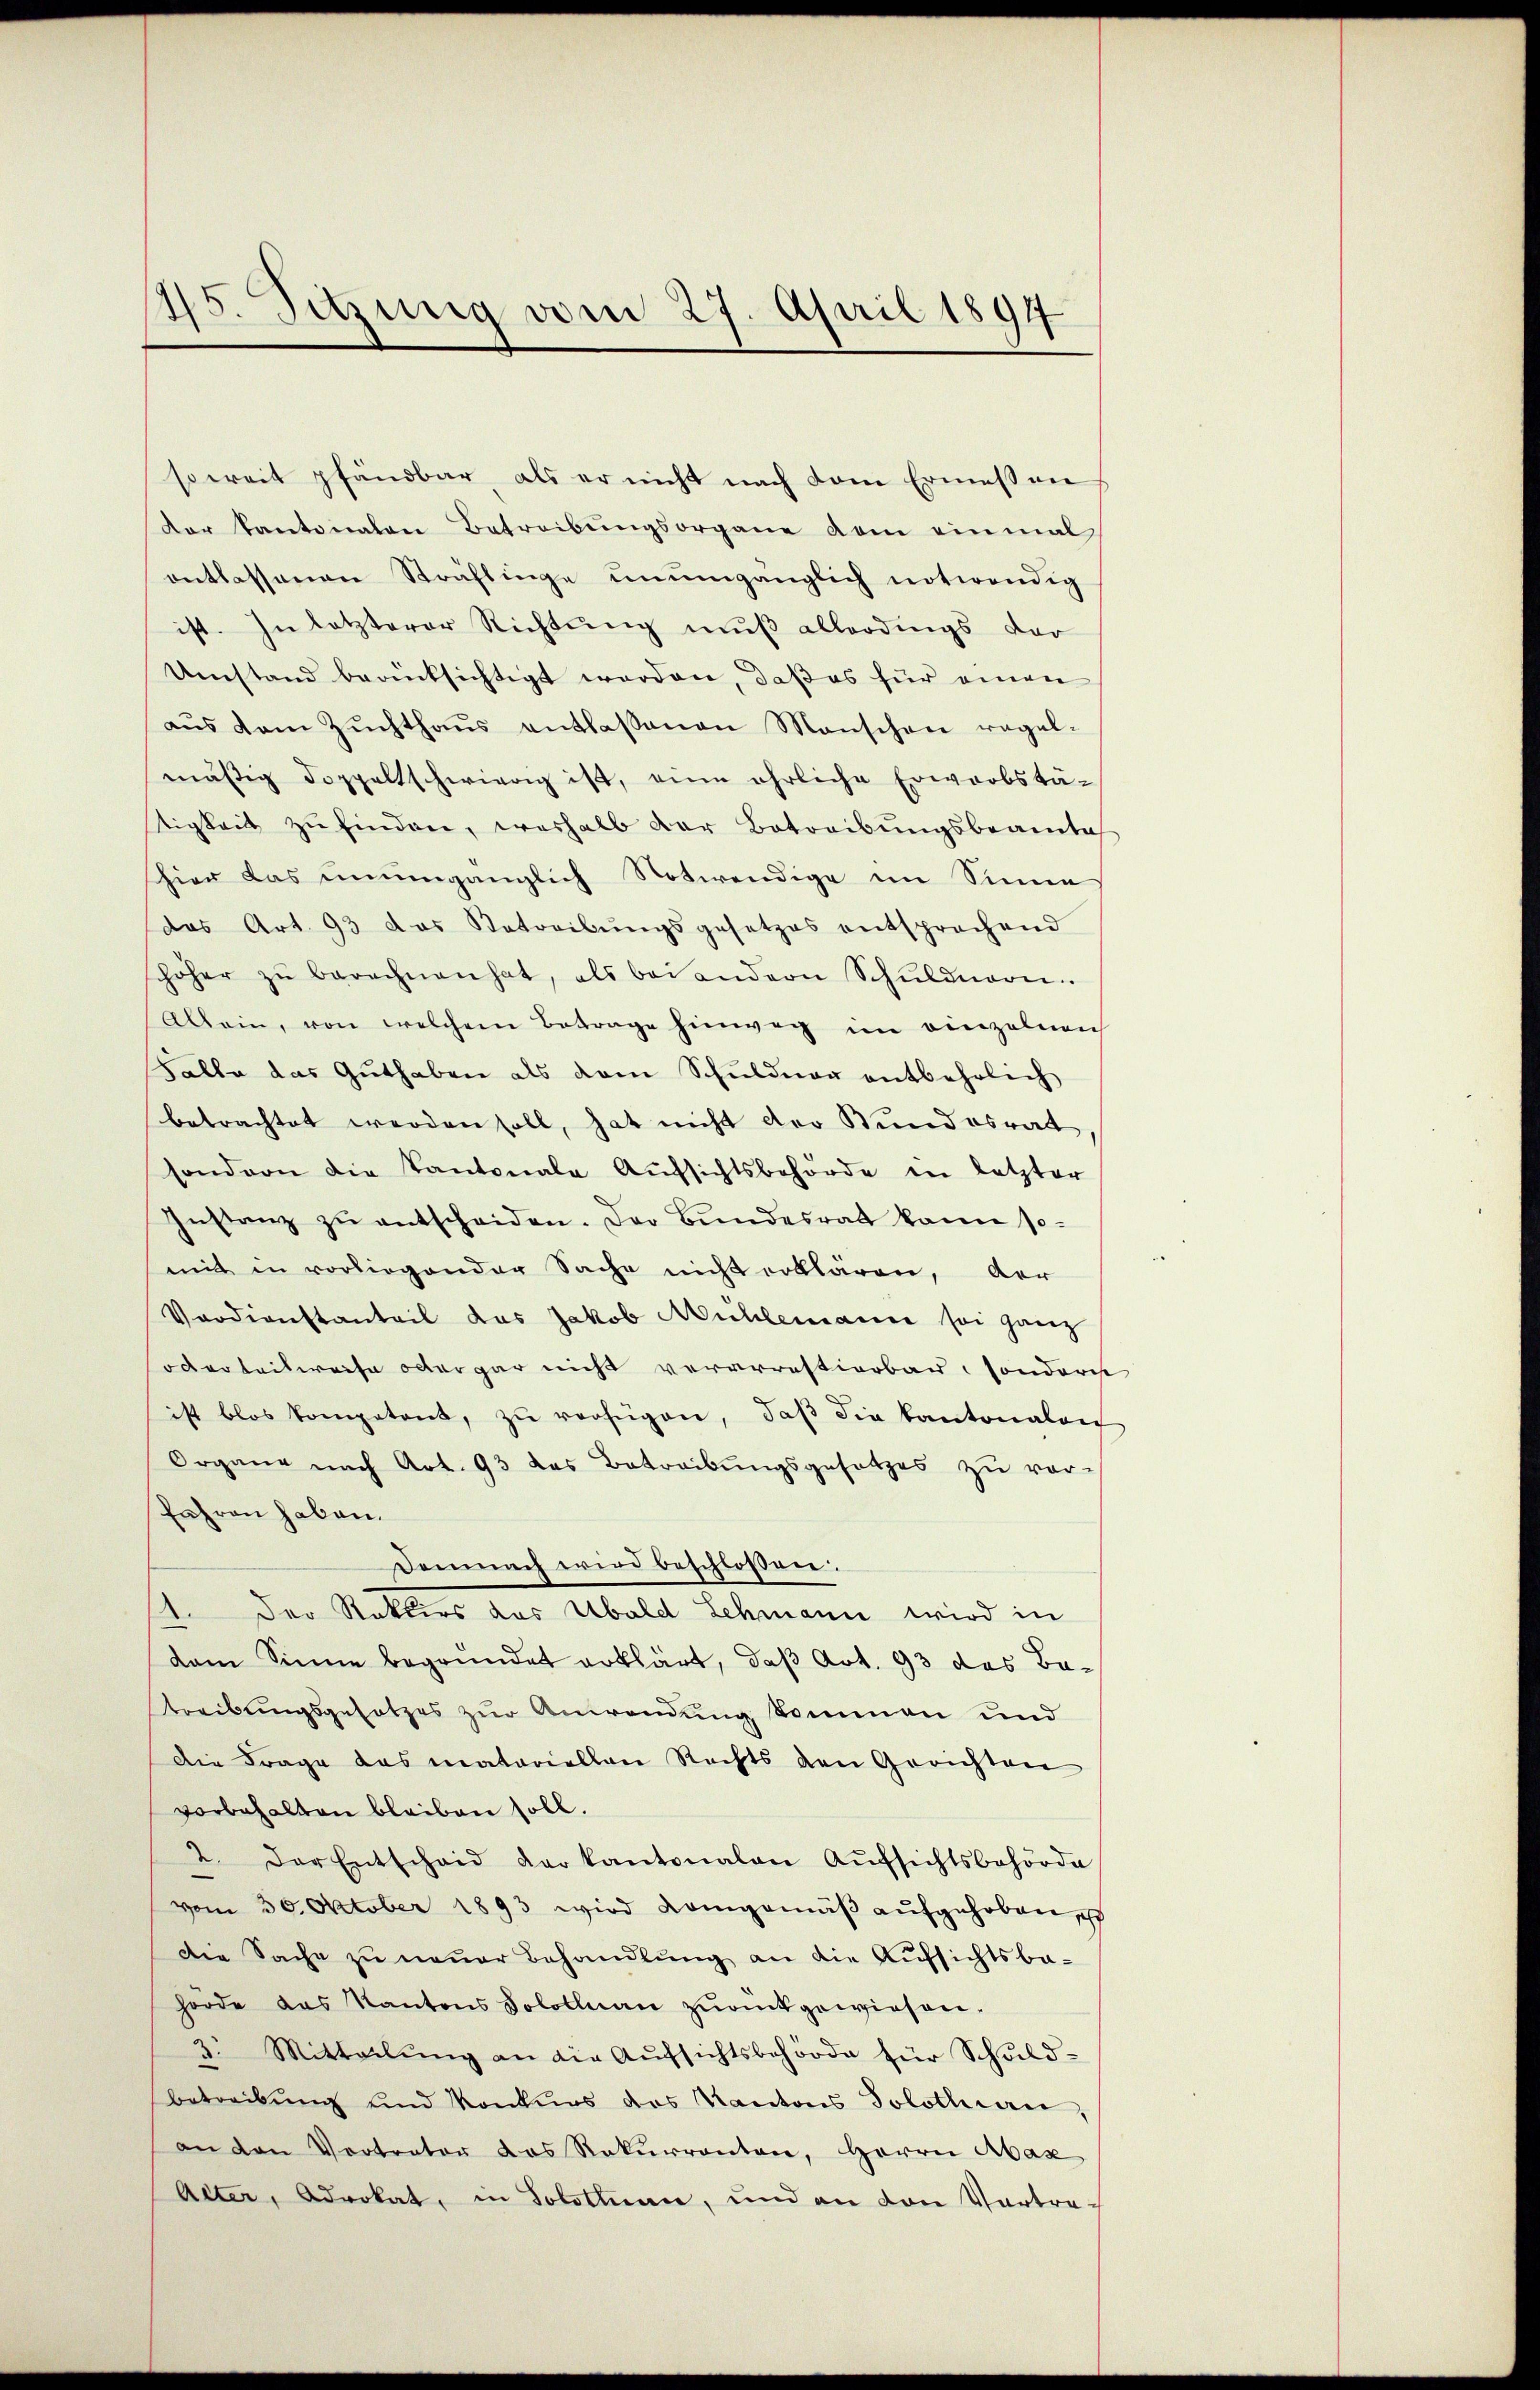
45. Sitzung vom 27. April 1891

soweit pfändbar, als er nicht nach dem Ermessen
der Kantonalen Betreibŭngsorgane dem einmal
entlassenen Sträflinge unumgänglich notwendig
ist. In letzterer Richtŭng mŭβ allerdings dar
Umstand berücksichtigt werden, daß es für einen
aŭs dem Zŭchthaŭs entlaßenen Menschen regel-
mäβig doppeltschwierig ist, eine ehrliche Erwarbstä-
tigkeit zŭ finden, weshalb der Betreibŭngsbeamte
hier das unumgänglich Notwendige im Sinne
das Art. 93 das Betreibŭngsgesetzes entsprechend
höher zŭ berechnen hat, als bei andern Schŭldnern.
Allein, von welchem Betrage hinweg im einzelnen
Falle das Guthaben als dem Schuldner entbehrlich
betrachtet werden soll, hat nicht der Bundesrat
sondern die Kantonale Aufsichtsbehörde in letzter
Instanz zŭ entscheiden. Der Bŭndesrath kann so-
mit in vorliegender Sache nicht erklären, der
Verdienstanteil das Jakob Mühlemanne sei ganz
oderteilweise oder gar nicht verarrestierbar sondert
ist blos kompetent, zŭ verfügen, daβ die Kantonalen
Organe nach Art. 93 das Betreibungsgesetzes zu vor-
fahren haben.
Demnach wird beschlossen:
A
Der Rekurs das Ubald Lehmann wird in
dem Sinne begründet erklärt, daß Art. 93 das Batreibungsgesetzes zur Anwendung kommen und
Die Frage das materiellen Rechts den Gerichten
vorbehalten bleiben soll.
2. Der Entschaid der Kantonalen Aŭfsichtsbehörde
vom 30. Oktober 1893 wird demgemäβ aŭfgehoben,
Die Sache zu neuer Behandlung an die Aufsichtsbahörde das Kantons Solollnau zŭrükgewiesen.
3. Mitteilŭng an die Aŭfsichtsbehörde für Schuld-
betreibŭng und Konkurs des Kantons Solothurn,
an den Vertreter das Rekurrenten, Herrn Mas
Alter, Advokat, in Solothurn, und an von Vertra-